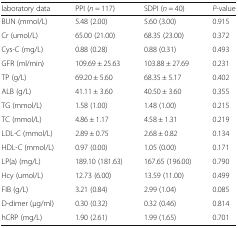
<table><thead><tr><td><b>laboratory data</b></td><td><b>PPI (<i>n</i> = 117)</b></td><td><b>SDPI (<i>n</i> = 40)</b></td><td><b><i>P</i>-value</b></td></tr></thead><tbody><tr><td>BUN (mmol/L)</td><td>5.48 (2.00)</td><td>5.60 (3.00)</td><td>0.915</td></tr><tr><td>Cr (umol/L)</td><td>65.00 (21.00)</td><td>68.35 (23.00)</td><td>0.372</td></tr><tr><td>Cys-C (mg/L)</td><td>0.88 (0.28)</td><td>0.88 (0.31)</td><td>0.493</td></tr><tr><td>GFR (ml/min)</td><td>109.69 ± 25.63</td><td>103.88 ± 27.69</td><td>0.231</td></tr><tr><td>TP (g/L)</td><td>69.20 ± 5.60</td><td>68.35 ± 5.17</td><td>0.402</td></tr><tr><td>ALB (g/L)</td><td>41.11 ± 3.60</td><td>40.50 ± 3.60</td><td>0.355</td></tr><tr><td>TG (mmol/L)</td><td>1.58 (1.00)</td><td>1.48 (1.00)</td><td>0.215</td></tr><tr><td>TC (mmol/L)</td><td>4.86 ± 1.17</td><td>4.58 ± 1.31</td><td>0.219</td></tr><tr><td>LDL-C (mmol/L)</td><td>2.89 ± 0.75</td><td>2.68 ± 0.82</td><td>0.134</td></tr><tr><td>HDL-C (mmol/L)</td><td>0.97 (0.00)</td><td>1.05 (0.00)</td><td>0.171</td></tr><tr><td>LP(a) (mg/L)</td><td>189.10 (181.63)</td><td>167.65 (196.00)</td><td>0.790</td></tr><tr><td>Hcy (umol/L)</td><td>12.73 (6.00)</td><td>13.59 (11.00)</td><td>0.499</td></tr><tr><td>FIB (g/L)</td><td>3.21 (0.84)</td><td>2.99 (1.04)</td><td>0.085</td></tr><tr><td>D-dimer (μg/ml)</td><td>0.30 (0.32)</td><td>0.32 (0.46)</td><td>0.814</td></tr><tr><td>hCRP (mg/L)</td><td>1.90 (2.61)</td><td>1.99 (1.65)</td><td>0.701</td></tr></tbody></table>